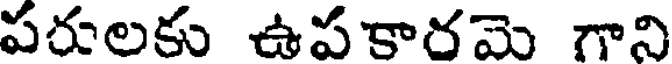
పరులకు ఉపకారమె గాని